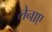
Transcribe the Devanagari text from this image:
लेनाए